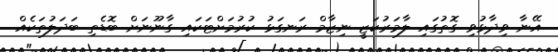
އޭނާ ވިދާޅުވި ގޮތުގައި ލާމަރުކަޒީ ނިޒާމް ރަނގަޅު ކުރުމަށްޓަކައި ގާނޫނަށް ބޮޑެތި ބަދަލުތަކެއް